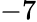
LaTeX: -7